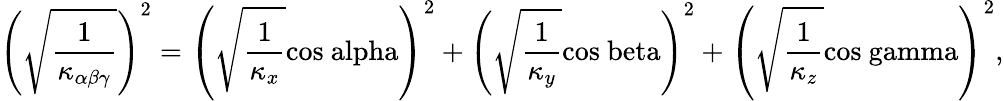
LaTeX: \left(\sqrt{\frac{1}{\kappa_{\alpha\beta\gamma}}}\right)^{2}=\left(\sqrt{\frac{1}{\kappa_{x}}}\mathrm{cos\ alpha}\right)^{2}+\left(\sqrt{\frac{1}{\kappa_{y}}}\mathrm{cos\ beta}\right)^{2}+\left(\sqrt{\frac{1}{\kappa_{z}}}\mathrm{cos\ gamma}\right)^{2},